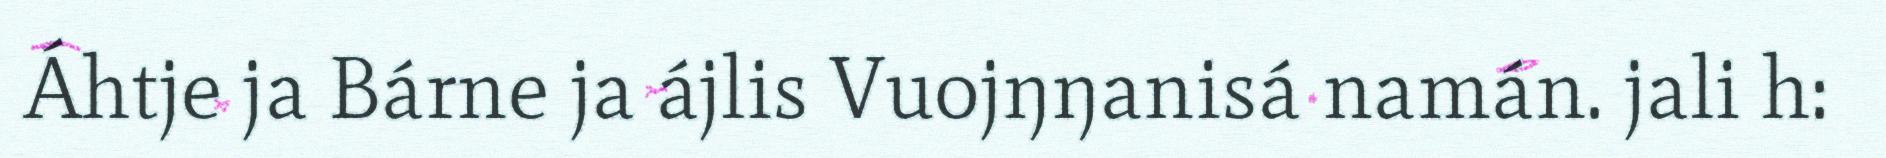
Áhtje ja Bárne ja ájlis Vuojŋŋanisá namán. jali h: